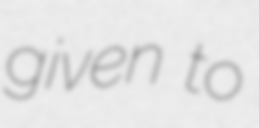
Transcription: given to